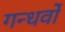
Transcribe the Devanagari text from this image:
गन्धर्वो